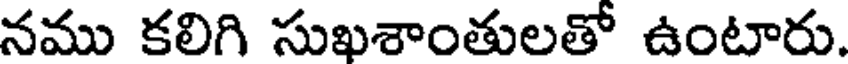
నము కలిగి సుఖశాంతులతో ఉంటారు.